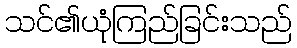
သင်၏ယုံကြည်ခြင်းသည်